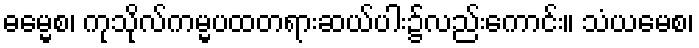
ဓမ္မေစ၊ ကုသိုလ်ကမ္မပထတရားဆယ်ပါး၌လည်းကောင်း။ သံယမေစ၊